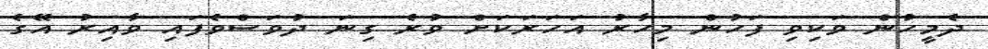
ދެމީހުން ވަކިވި ފަހުން މިހާރު އަހަރަކަށް ވުރެ ގިނަ ދުވަސްވެފައި ވާއިރު އޭގެ